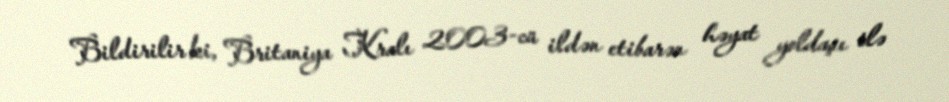
Bildirilir ki, Britaniya Kralı 2003-cü ildən etibarən həyat yoldaşı ilə